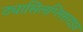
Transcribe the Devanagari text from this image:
ट्यासिलग्लिसराइड